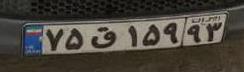
۷۵ق۱۵۹۹۳